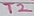
Text: T2